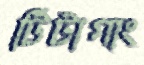
টিটাগাং